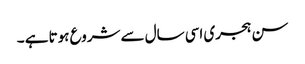
سن ہجری اسی سال سے شروع ہوتا ہے ۔